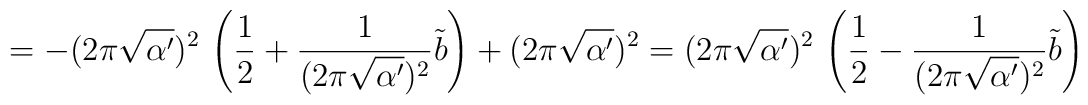
=- (2 \pi \sqrt{\alpha'})^2\,\left(\frac{1}{2}  + \frac{1}{(2 \pi\sqrt{\alpha'})^2} \tilde{b} \right) + (2 \pi \sqrt{\alpha'})^2 = (2\pi \sqrt{\alpha'})^2 \,\left(\frac{1}{2} - \frac{1}{(2 \pi\sqrt{\alpha'})^2}  \tilde{b} \right)